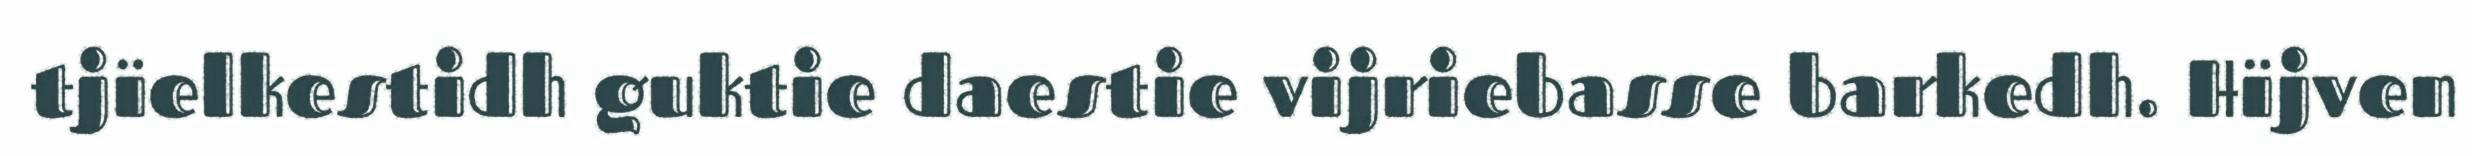
tjïelkestidh guktie daestie vijriebasse barkedh. Hïjven